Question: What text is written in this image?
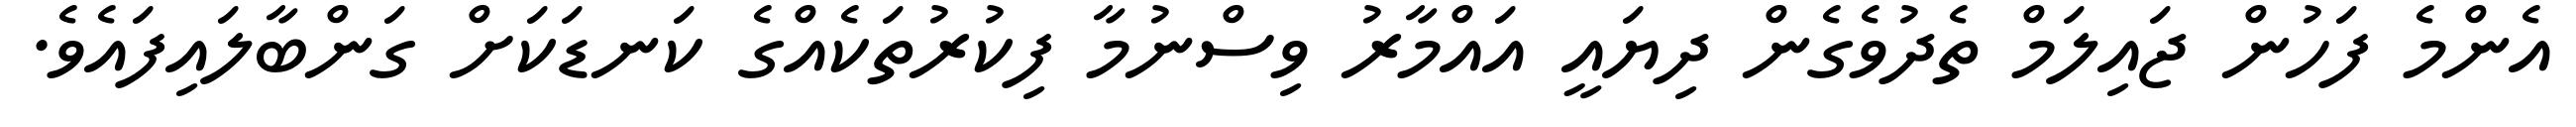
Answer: އެންމެ ފަހުން ޖައިލަމް ތެދުވެގެން ދިޔައީ އައްމާރު ވިސްނުމާ ފިކުރުތަކެއްގެ ކަނޑަކަށް ގަންބާލައިފައެވެ.